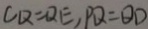
C Q = Q E , P Q = Q D